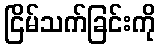
ငြိမ်သက်ခြင်းကို